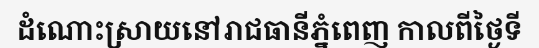
ដំណោះស្រាយនៅរាជធានីភ្នំពេញ កាលពីថ្ងៃទី